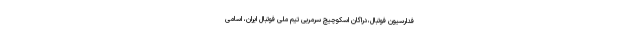
فدارسیون فوتبال،دراگان اسکوچیچ سرمربی تیم ملی فوتبال ایران، اسامی